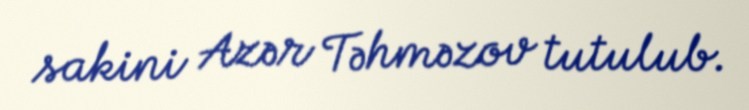
sakini Azər Təhməzov tutulub.